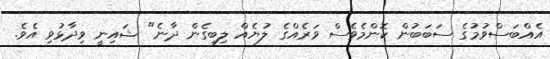
އެއްބަސްވުމުގެ ސަބަބުން ކޮންމެވެސް ވަރެއްގެ ލުޔެއް ލިބިގެން ދާނެ" ޝައިނީ ވިދާޅުވި އެވެ.